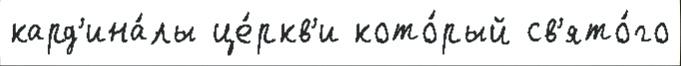
кард'ина́лы це́ркв'и кото́рый св'ято́го